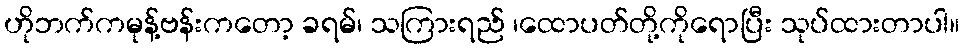
ဟိုဘက်ကမုန့်ဗန်းကတော့ ခရမ်၊ သကြားရည် ၊ထောပတ်တို့ကိုရောပြီး သုပ်ထားတာပါ။